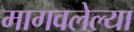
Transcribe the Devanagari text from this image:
मागवलेल्या